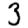
Digit: 3